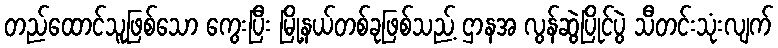
တည်ထောင်သူဖြစ်သော ကွေးပြီး မြို့နယ်တစ်ခုဖြစ်သည့် ဌာနအ လွန်ဆွဲပြိုင်ပွဲ သီတင်းသုံးလျက်